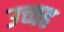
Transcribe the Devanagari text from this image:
उच्चह